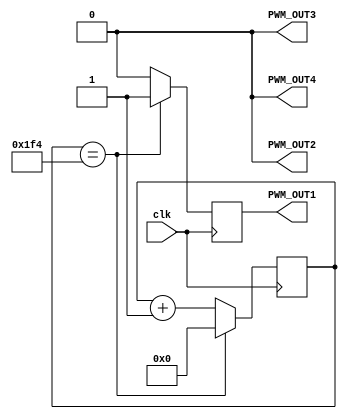
module pwm_motor(
 
    input clk,             // Clock input
    // input [7:0]DUTY_CYCLE, // Input Duty Cycle
    output PWM_OUT1,
	 output PWM_OUT2,// Output PWM
    output PWM_OUT3,
	 output PWM_OUT4
);
 
//
//reg [7:0]DUTY_CYCLE = 8'b01100100 ; // 100% 
//reg  DUTY_CYCLE = 8'b00110010 ;  // 50 % ;
reg [7:0]DUTY_CYCLE = 8'b00000101 ;  // 20 % ;
// DUTY_CYCLE = 8'b00000000 ;  // 20 % ;


 
reg pwm_out1 = 0;
reg pwm_out2 = 0 ;
reg pwm_out3 = 0 ;
reg pwm_out4 = 0 ;
reg [30:0]freq_cnt1 = 0;
reg [30:0]freq_cnt2 = 0;
assign PWM_OUT1 = pwm_out1 ;
assign PWM_OUT2 = pwm_out2 ;
assign PWM_OUT3 = pwm_out3 ;
assign PWM_OUT4 = pwm_out4 ;
reg [7:0]counter = 8'b0 ; 

always @( posedge clk )

begin

		if (freq_cnt1 == 500) begin
			pwm_out1  = 1;
			freq_cnt1 = 0;
		end
		else begin
			pwm_out1 = 0;
			freq_cnt1 = freq_cnt1 + 1;
		end 

		if (freq_cnt2 == 5000000000) begin
			pwm_out2 = 1;
			freq_cnt2 = 0;
		end
	   else begin
			pwm_out2 = 0;
			freq_cnt2 = freq_cnt2 + 1;
			end 
end
////////////////////////YOUR CODE ENDS HERE//////////////////////////
endmodule
///////////////////////////////MODULE ENDS///////////////////////////